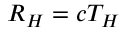
R _ { H } = c T _ { H }